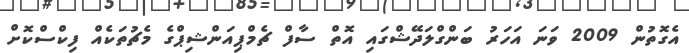
އެގޮތުން 2009 ވަނަ އަހަރު ބަންގްލަދޭޝްގައި އޮތް ސާފް ޗެމްޕިއަންޝިޕްގެ މެޗުތަކެއް ފިކްސްކޮށް